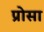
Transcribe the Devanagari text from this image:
प्रोसा